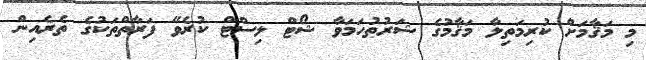
މި މަޤާމަށް ކުރިމަތިލާ މަޤާމުގެ ޝަރުޠުހަމަވާ ޝޯޓް ލިސްޓް ކުރެވޭ ފަރާތްތަކުގެ ތެރެއިން